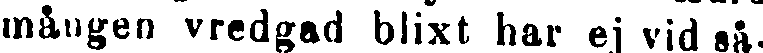
mången vredgad blixt har ej vid så-